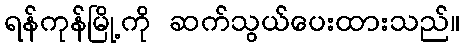
ရန်ကုန်မြို့ကို ဆက်သွယ်ပေးထားသည်။